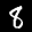
Label: 8